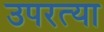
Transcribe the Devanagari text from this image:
उपरत्या